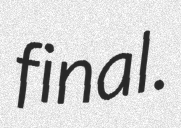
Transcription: final.